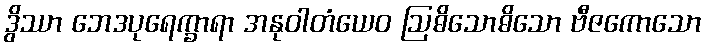
ဒွိဿာ ဘေဒပုရေက္ခာရာ အနုဝါတံယေဝ ဩဓိသောဓိသော ဗီဇကောသော